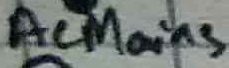
Text: ACMains